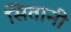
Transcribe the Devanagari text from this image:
सितानी